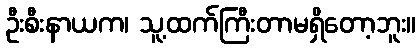
ဦးစီးနာယက၊ သူ့ထက်ကြီးတာမရှိတော့ဘူး။